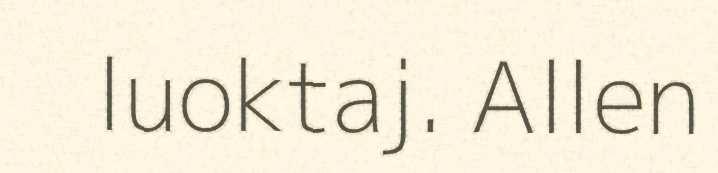
luoktaj. Allen